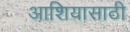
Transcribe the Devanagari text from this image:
आशियासाठी